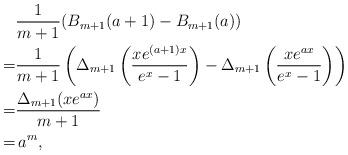
LaTeX: \begin{align*}&\frac{1}{m+1}(B_{m+1}(a+1)-B_{m+1}(a))\\=&\frac{1}{m+1}\left(\Delta_{m+1}\left(\frac{xe^{(a+1)x}}{e^x-1}\right)-\Delta_{m+1}\left(\frac{xe^{ax}}{e^x-1}\right)\right)\\=&\frac{\Delta_{m+1}(xe^{ax}) }{m+1}\\=&\,a^m,\end{align*}